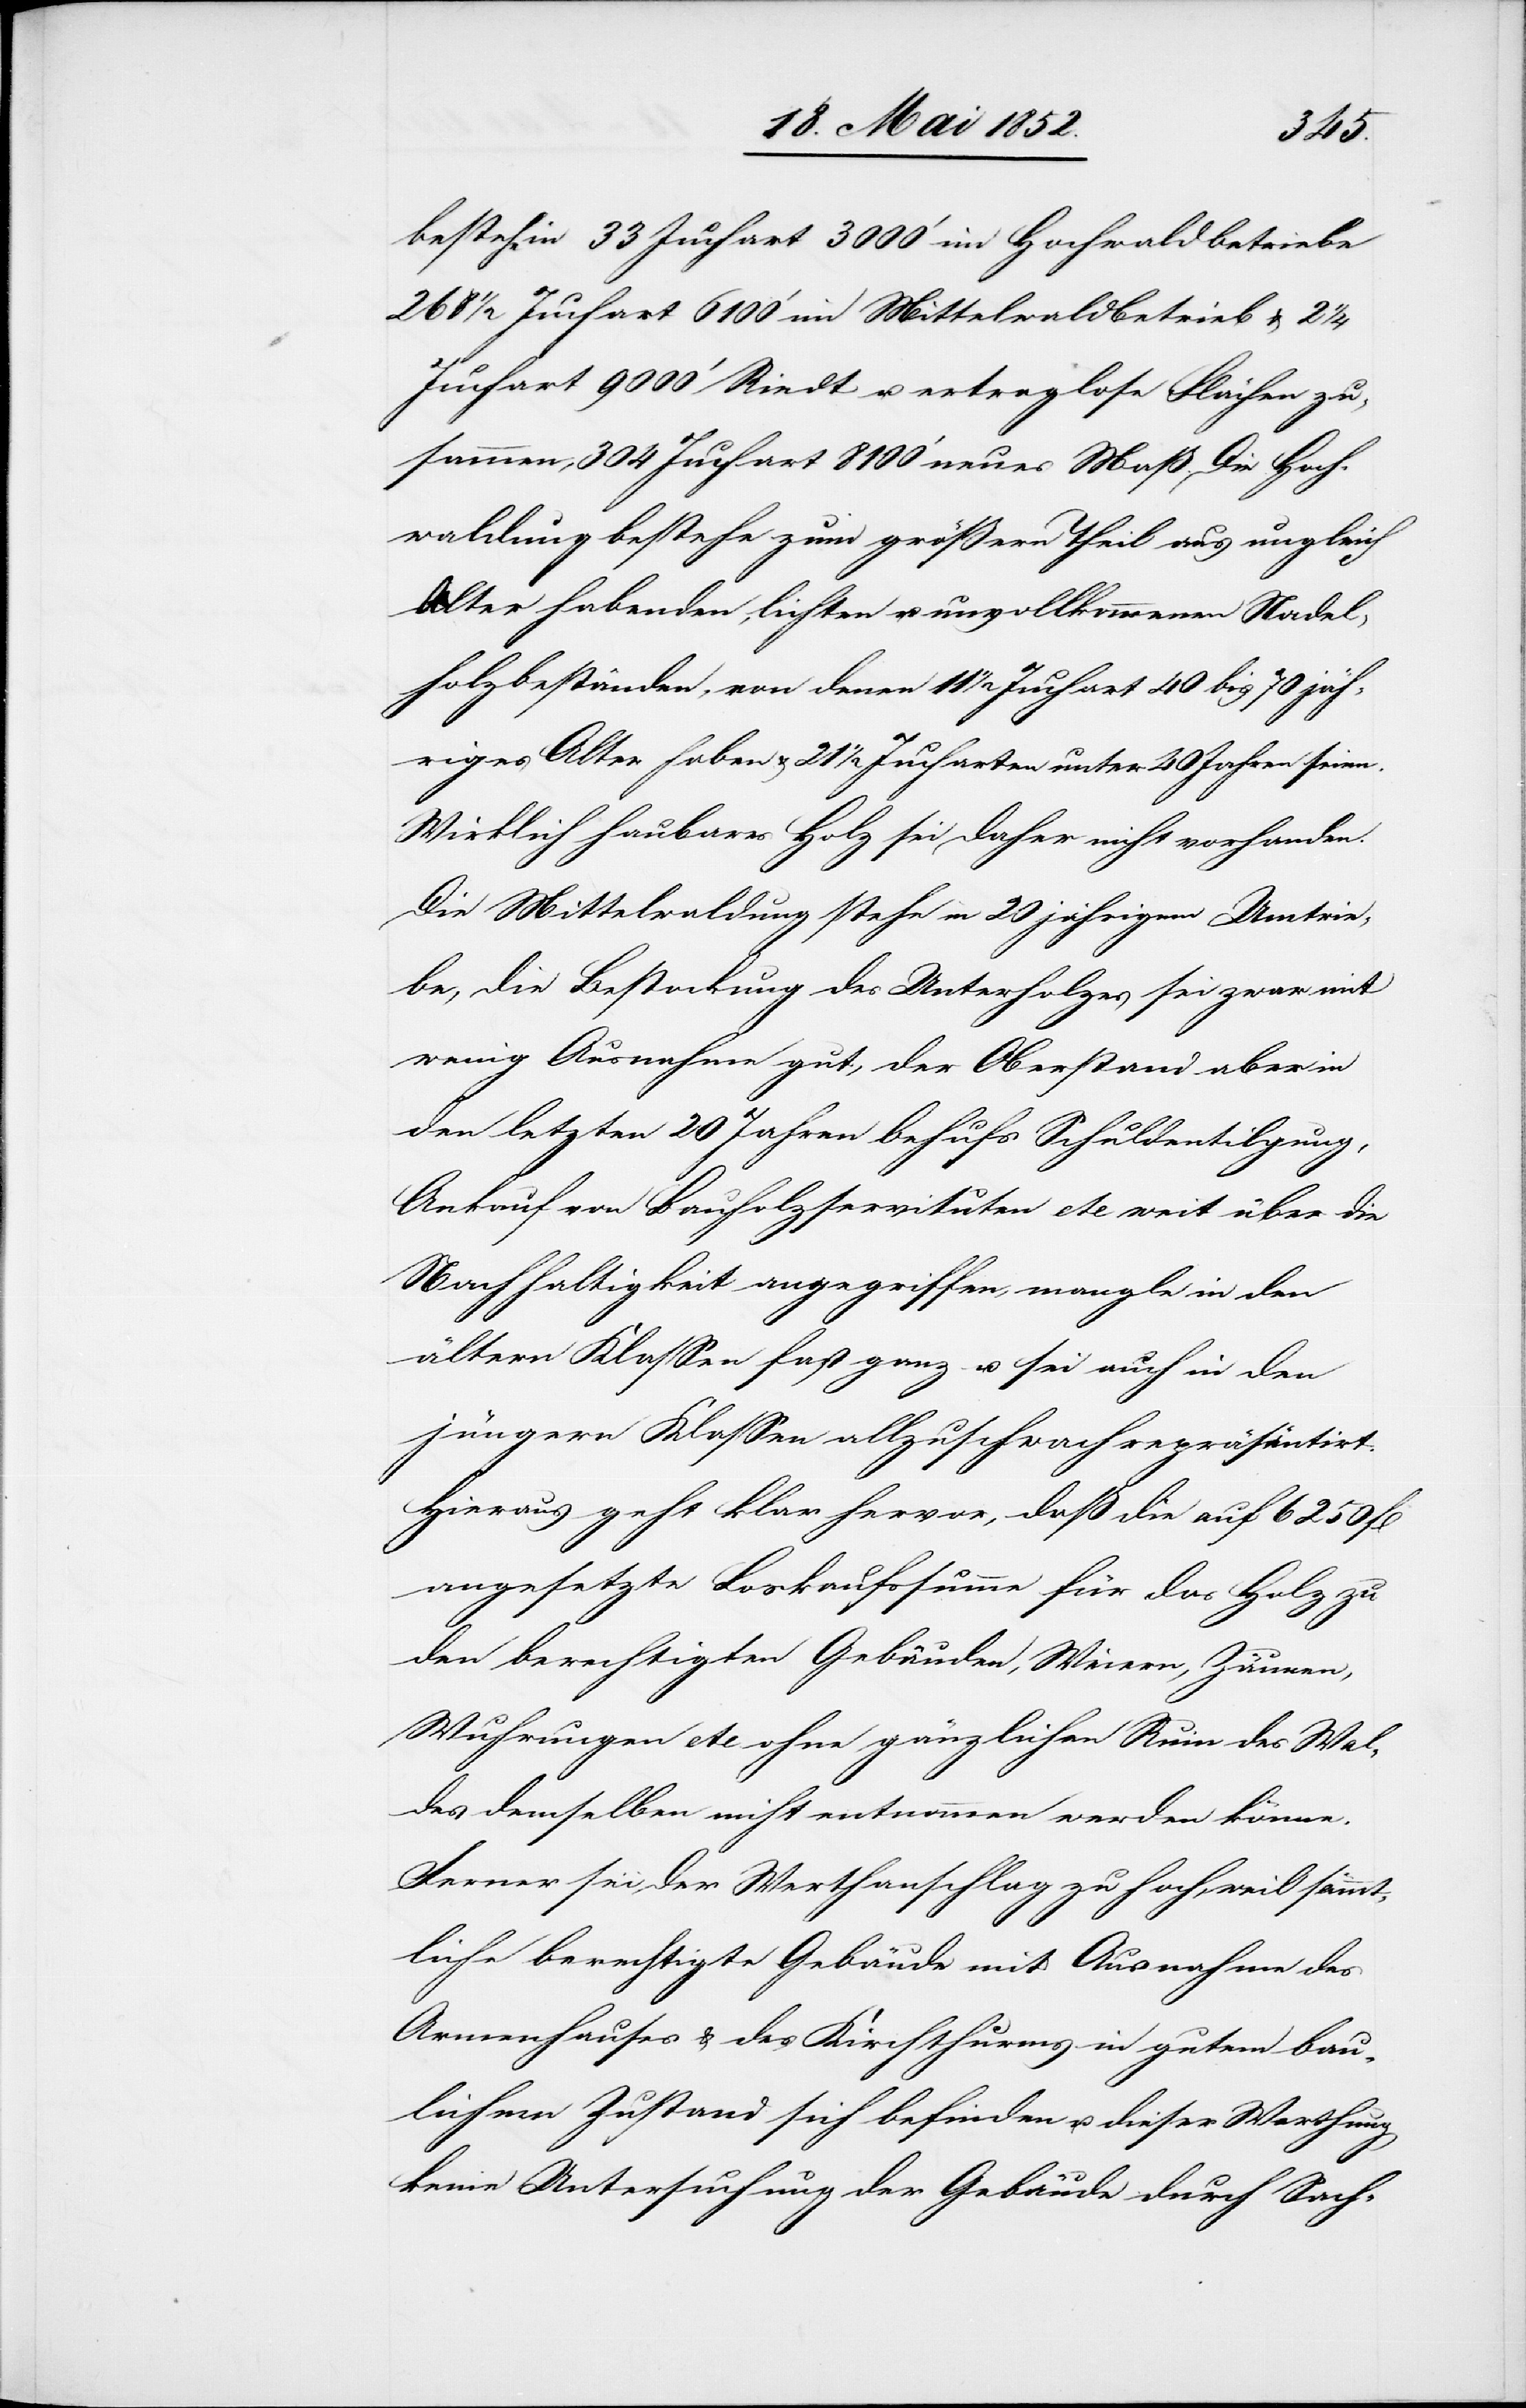
bestehe in 33 Juchart 3000‘ im Hochwaldbetriebe[,]
268 1/2 Juchart 6100‘ im Mittelwaldbetrieb & 2
Juchart 9000‘ Riedt u. ertraglose Flächen zu¬
sammen, 304 Juchart 8100‘ neues Maß. Die Hoch¬
waldung bestehe zum größern Theil aus ungleich
Alter habenden, lichten u. unvollkommenen Nadel¬
holzbeständen, von denen 11 1/2 Juchart 40 bis 70 jäh¬
riges Alter haben & 21 1/2 Jucharten unter 40 Jahren seien.
Wirklich haubares Holz sei daher nicht vorhanden.
Die Mittelwaldung stehe in 20 jährigem Umtrie¬
be, die Bestockung des Unterholzes sei zwar mit
wenig Ausnahme gut, der Oberstand aber in
den letzten 20 Jahren behufs Schuldentilgung,
Ankauf von Bauholzservituten etc weit über die
Nachhaltigkeit angegriffen, mangle in den
ältern Klassen fast ganz u. sei auch in den
jüngern Klassen allzu schwach repräsentirt.
Hieraus geht klar hervor, daß die auf 6250 fl
angesetzte Loskaufssumme für das Holz zu
den berechtigten Gebäuden, Weiern, Zäunen,
Wuhrungen etc ohne gänzlichen Ruin des Wal¬
des demselben nicht entnommen werden könne.
Ferner sei der Werthanschlag zu hoch, weil sämmt¬
liche berechtigte Gebäude mit Ausnahme des
Armenhauses & des Kirchthurms in gutem bau¬
lichem Zustand sich befinden u. dieser Werthung
keine Untersuchung der Gebäude durch Sach-